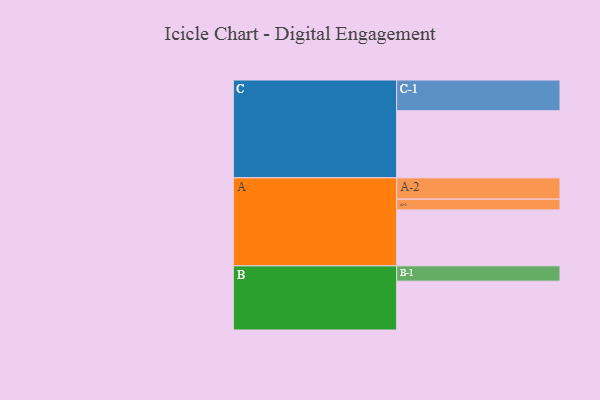
{"axis": {"x": "Segment", "y": "Value"}, "legend": ["", "A", "B", "C"], "data": [{"x": "A", "y": 420, "type": ""}, {"x": "B", "y": 367, "type": ""}, {"x": "C", "y": 504, "type": ""}, {"x": "A-1", "y": 81, "type": "A"}, {"x": "A-2", "y": 160, "type": "A"}, {"x": "B-1", "y": 115, "type": "B"}, {"x": "C-1", "y": 231, "type": "C"}]}